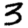
Digit: 3